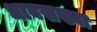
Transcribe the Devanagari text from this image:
धावसख्या